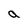
Character: a